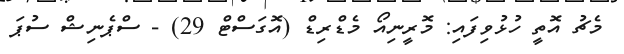
މެޗު އޮތީ ހުޅުވިފައި: މޮރީނިއޯ މެޑްރިޑް (އޮގަސްޓް 29) - ސްޕެނިޝް ސުޕަ